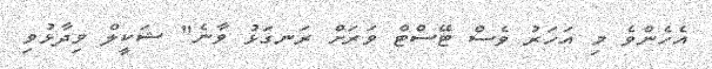
އެހެންވެ މި އަހަރު ވެސް ޓޭސްޓް ވަރަށް ރަނގަޅު ވާނެ" ޝަކީލް ވިދާޅުވި